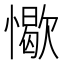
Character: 𢢚